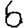
Digit: 6